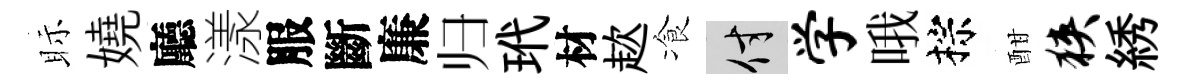
眎嬈廳漾服斷廉归玳材趑飡付学哦棕酣狭綉